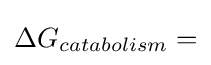
\Delta G_{catabolism}=